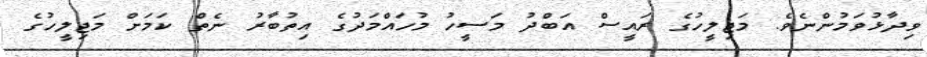
ވިދާޅުވަމުންނެވެ. މަޖިލީހުގެ ރައީސް އަބްދު މަސީހު މުހައްމަދުގެ އިތުބާރު ނެތް ކަމަށް މަޖިލީހުގެ